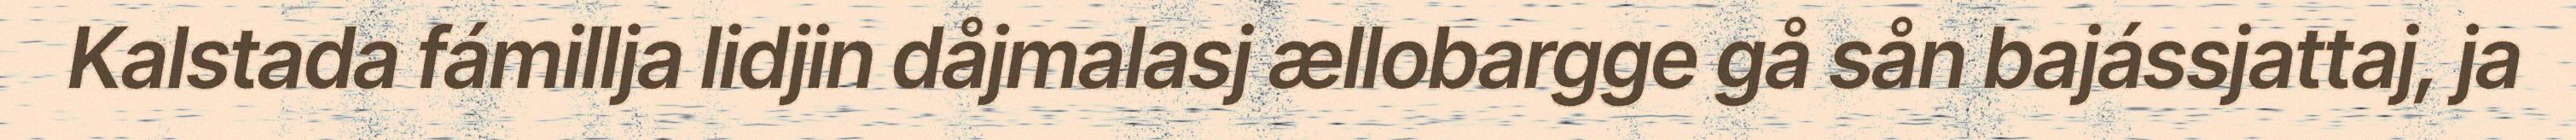
Kalstada fámillja lidjin dåjmalasj ællobargge gå sån bajássjattaj, ja